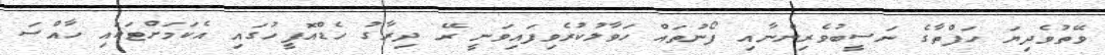
ވޭތުވެދިޔަ ހަފްތާގެ ނަސީބުވެރިންނާއި ފޯނުތައް ހަވާލުކުރެވިފައިވަނީ ރޭ ދިރާގު ހެޑްއޮފީހުގައި އެކަމަށްޓަކައި ހާއްސަ